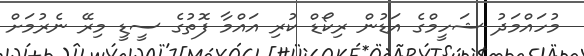
މުހައްމަދު ޝަހީމްގެ އަޑުން ރިކޯޑް ކުރި އައްމާ ފޮތުގެ ސީޑީ މިރޭ ނެރުމަށް